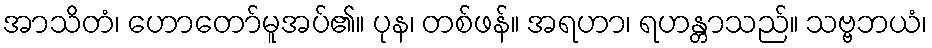
အာသိတံ၊ ဟောတော်မူအပ်၏။ ပုန၊ တစ်ဖန်။ အရဟာ၊ ရဟန္တာသည်။ သဗ္ဗဘယံ၊